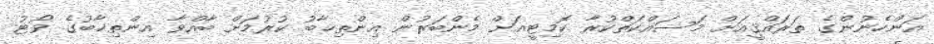
އަންހެނުންގެ ތަރައްޤީއަށް މަސައްކަތްކުރާ ކޮމިޓީއަށް މެންބަރުން އިންތިޚާބު ކުރުމަށް ބާއްވާ އިންތިޚާބުގެ ވޯޓު